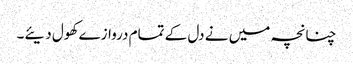
چنانچہ میں نے دل کے تمام دروازے کھول دیئے۔